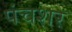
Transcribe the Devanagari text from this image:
पंचशर